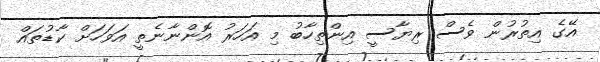
އޭގެ އިތުރުން ވެސް ރިޔާސީ އިންތިހާބު މި އަހަރު އޮންނާނެތީ އަވަހަށް ކާޑުތައް